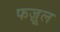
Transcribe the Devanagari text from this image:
फज़ूल